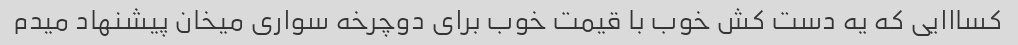
کسااایی که یه دست کش خوب با قیمت خوب برای دوچرخه سواری میخان پیشنهاد میدم